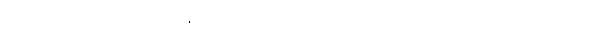
ပညာယ၊ ပညာဖြင့်။ အနုဂ္ဂဟိဿာမိ၊ ငါယူရပါအံ့။ ဣတိ တသ္မာ၊ ထိုကြောင့်။